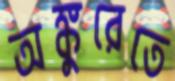
অঙ্কুরেতে